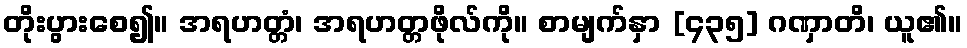
တိုးပွားစေ၍။ အရဟတ္တံ၊ အရဟတ္တဖိုလ်ကို။ စာမျက်နှာ [၄၃၅] ဂဏှာတိ၊ ယူ၏။